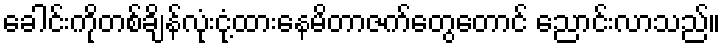
ခေါင်းကိုတစ်ချိန်လုံးငုံ့ထားနေမိတာဇက်တွေတောင် ညောင်းလာသည်။